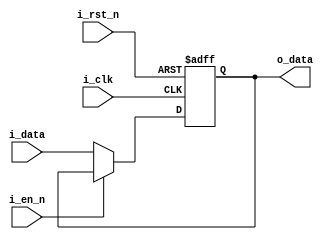
module register (i_clk, i_data, i_en_n, i_rst_n, o_data);
parameter WIDTH = 32;

input 	  	[WIDTH-1:0] 		i_data;
input 							i_clk,i_en_n,i_rst_n;
output reg 	[WIDTH-1:0] 		o_data;

always @(posedge i_clk, negedge i_rst_n) begin
	if (~i_rst_n) begin
		o_data <= 32'b0;
	end else if(~i_en_n) begin
		o_data <= i_data;
	end
end

endmodule